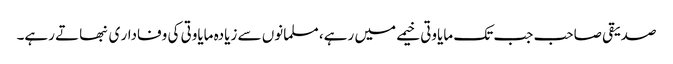
صدیقی صاحب جب تک مایاوتی خیمے میں رہے، مسلمانوں سے زیادہ مایاوتی کی وفادار ی نبھاتے رہے۔